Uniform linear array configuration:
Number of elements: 32
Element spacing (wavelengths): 0.25
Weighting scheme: binomial
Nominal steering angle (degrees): -15
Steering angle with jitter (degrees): -15.424
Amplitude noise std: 0.05
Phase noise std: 0.05

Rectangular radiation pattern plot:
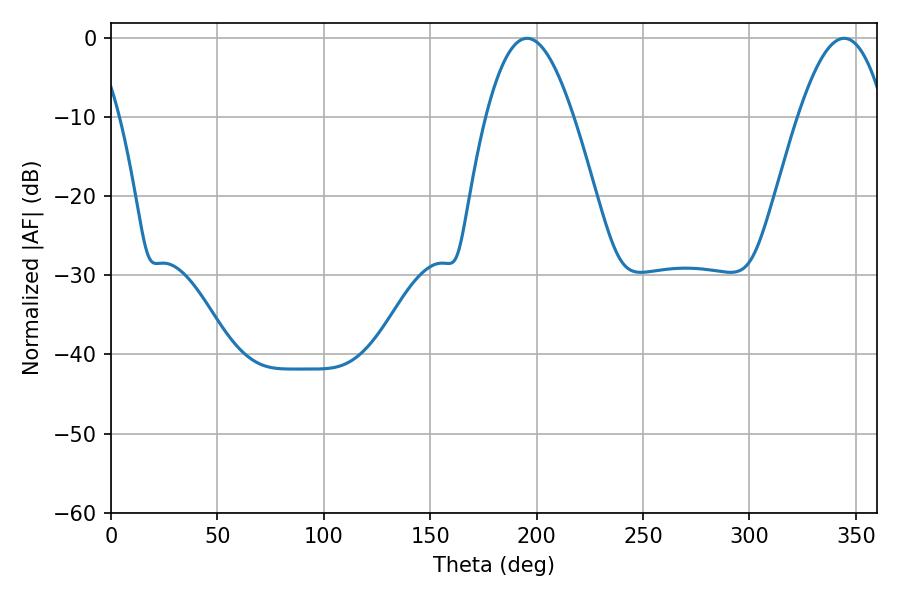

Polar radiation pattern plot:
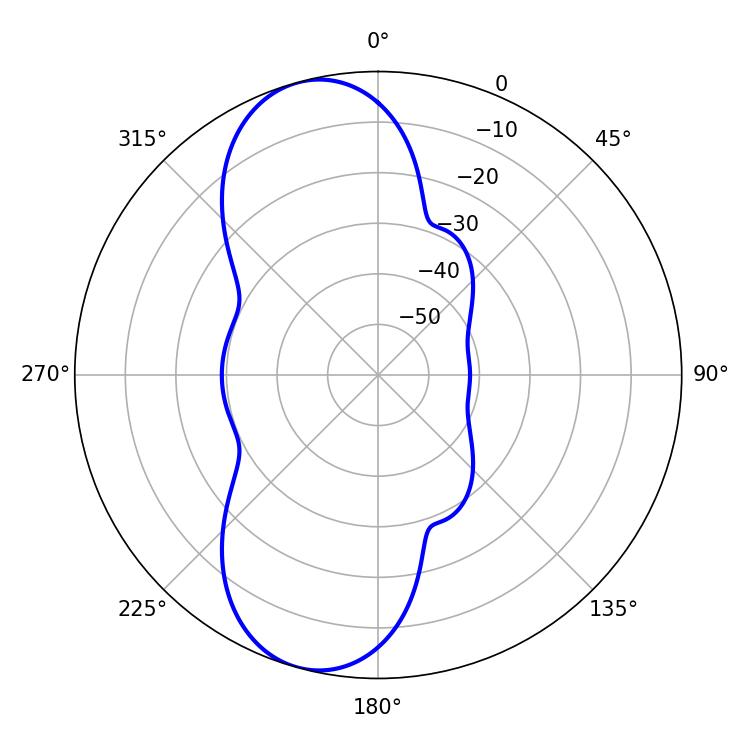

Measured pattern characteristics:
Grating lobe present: FALSE
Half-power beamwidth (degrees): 22.32
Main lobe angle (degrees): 195.48